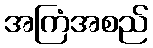
အကြံအစည်